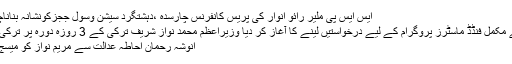
ایس ایس پی ملیر رائو انوار کی پریس کانفرنس چارسدہ ،ْدہشتگرد سیشن وسول ججزکونشانہ بناناچاہتے تھے
آسٹریلیا نے مکمل فنڈڈ ماسٹرز پروگرام کے لیے درخواستیں لینے کا آغاز کر دیا وزیراعظم محمد نواز شریف ترکی کے 3 روزہ دورہ پر ترکی چلے گئے
انوشہ رحمان احاطہ عدالت سے مریم نواز کو میسج کرتی ہیں۔